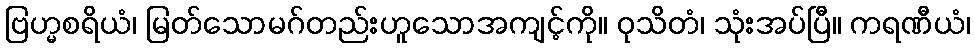
ဗြဟ္မစရိယံ၊ မြတ်သောမဂ်တည်းဟူသောအကျင့်ကို။ ဝုသိတံ၊ သုံးအပ်ပြီ။ ကရဏီယံ၊